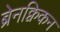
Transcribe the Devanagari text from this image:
ब्रेनक्विकन